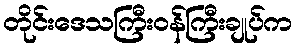
တိုင်းဒေသကြီးဝန်ကြီးချုပ်က